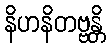
နိဟနိတဗ္ဗန္တိ